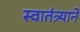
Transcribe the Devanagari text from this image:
स्वातंत्र्याने